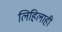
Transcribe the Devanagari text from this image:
लिहिलाही